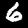
Digit: 6